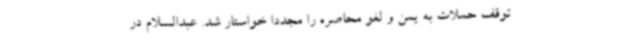
توقف حملات به یمن و لغو محاصره را مجدداً خواستار شد. عبدالسلام در